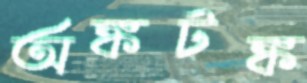
অঙ্কটঙ্ক